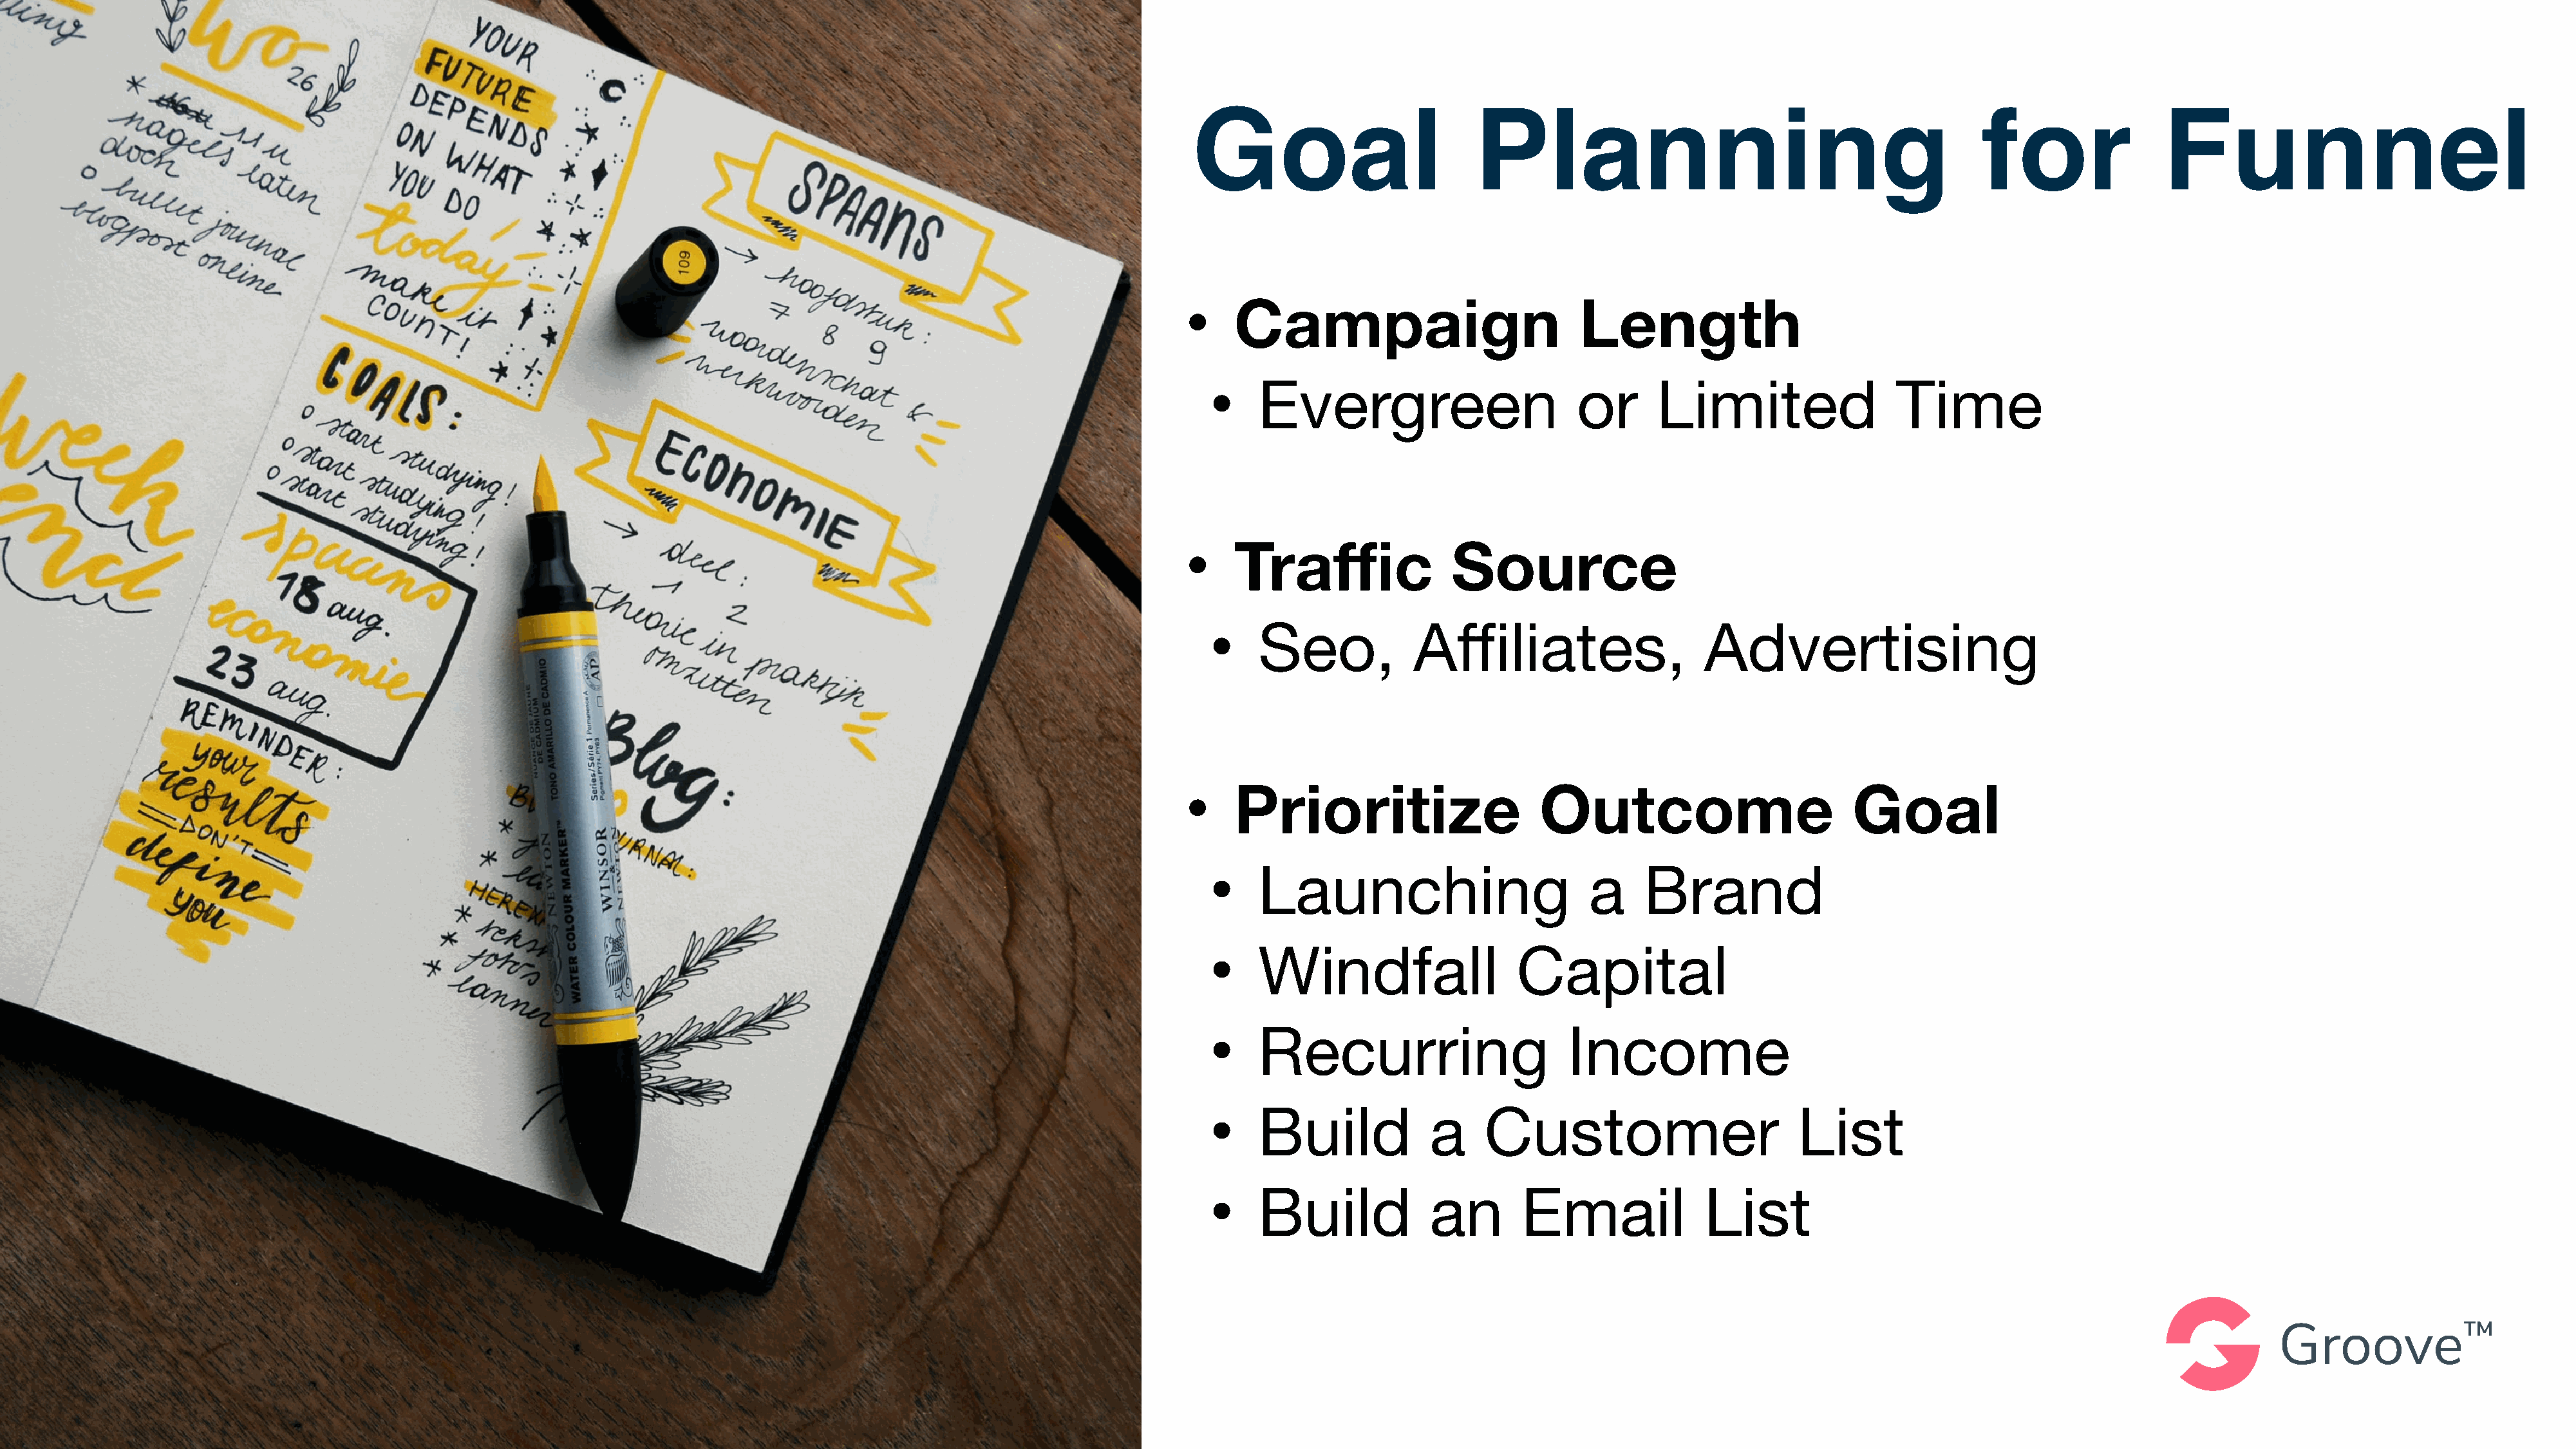
Goal                         Planning                                            for               Funnel
 •    Campaign                           Length
 •    Evergreen                        or      Limited                  Time
 •    Traffic               Source
 •    Seo,            Affiliates,                   Advertising
 •    Prioritize                     Outcome                         Goal
 •    Launching                         a     Brand
 •    Windfall                   Capital
 •    Recurring                       Income
 •    Build             a     Customer                        List
 •    Build             an       Email              List